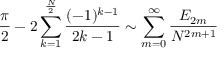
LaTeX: { \frac { \pi } { 2 } } - 2 \sum _ { k = 1 } ^ { \frac { N } { 2 } } { \frac { ( - 1 ) ^ { k - 1 } } { 2 k - 1 } } \sim \sum _ { m = 0 } ^ { \infty } { \frac { E _ { 2 m } } { N ^ { 2 m + 1 } } }